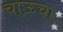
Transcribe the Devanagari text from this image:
चाऊचा